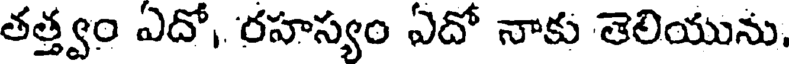
తత్త్వం ఎదో, రహస్యం ఎదో నాకు తెలియును,